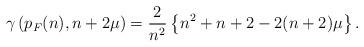
LaTeX: \begin{align*}\gamma\left(p_F(n),n+2\mu\right)=\frac{2}{n^2}\left\{n^2+n+2-2(n+2)\mu\right\}.\end{align*}